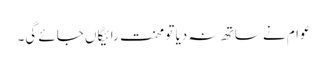
عوام نے ساتھ نہ دیا تو محنت رائیگاں جائے گی۔